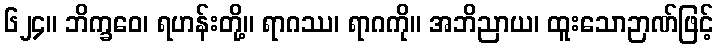
၆၂၄။ ဘိက္ခဝေ၊ ရဟန်းတို့။ ရာဂဿ၊ ရာဂကို။ အဘိညာယ၊ ထူးသောဉာဏ်ဖြင့်